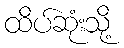
ထိပ်ဆုံးသို့